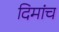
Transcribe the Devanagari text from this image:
दिमांच